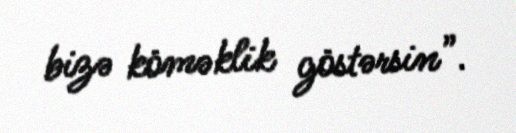
bizə köməklik göstərsin”.